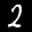
Label: 2